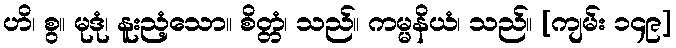
ဟိ၊ စွ။ မုဒုံ၊ နူးညံ့သော။ စိတ္တံ၊ သည်။ ကမ္မနိယံ၊ သည်။ [ကျမ်း ၁၄၉]